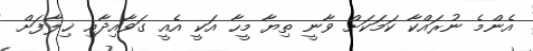
އެންމެ ނުރައްކާ ކަމަކަށް ވާނީ ތިޔާ މީހާ އަކީ އެއީ ގަވާއިދާއި ޚިލާފަށް